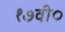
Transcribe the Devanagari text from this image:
१७वी०